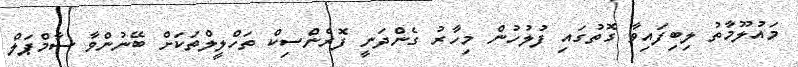
މައުލޫމާތު ލިބިފައިވާ ގޮތުގައި ފުލުހުން މިހާރު ގެންދަނީ ފޮރެންސިކް ތަހްލީލްތަކަށް ބޭނުންވާ ސާމްޕަލް